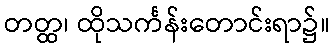
တတ္ထ၊ ထိုသင်္ကန်းတောင်းရာ၌။